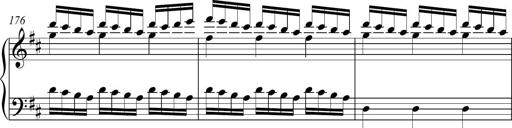
Title: Piano Sonatina in A major
Composer: Z Q Sysmoebius
Key: A major